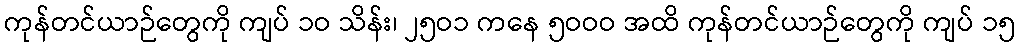
ကုန်တင်ယာဉ်တွေကို ကျပ် ၁ဝ သိန်း၊ ၂၅ဝ၁ ကနေ ၅ဝဝဝ အထိ ကုန်တင်ယာဉ်တွေကို ကျပ် ၁၅